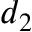
d _ { 2 }